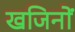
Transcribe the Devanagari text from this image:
खजिनों